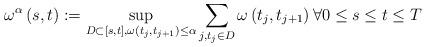
LaTeX: \begin{align*}\omega ^{\alpha }\left( s,t\right) :=\sup_{D\subset \left[ s,t\right],\omega \left( t_{j},t_{j+1}\right) \leq \alpha }\sum_{j,t_{j}\in D}\omega\left( t_{j},t_{j+1}\right) \forall 0\leq s\leq t\leq T\end{align*}